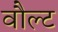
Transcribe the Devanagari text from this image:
वौल्ट